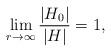
LaTeX: \begin{align*} \lim_{r \to \infty} \frac{|H_0|}{|H|}=1,\end{align*}